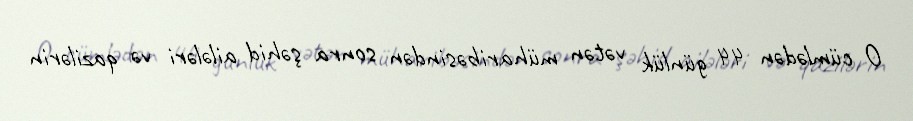
O cümlədən 44 günlük vətən müharibəsindən sonra şəhid ailələri və qazilərin